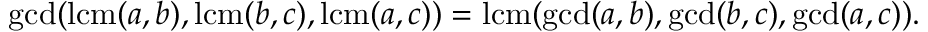
\operatorname* { g c d } ( \operatorname { l c m } ( a , b ) , \operatorname { l c m } ( b , c ) , \operatorname { l c m } ( a , c ) ) = \operatorname { l c m } ( \operatorname* { g c d } ( a , b ) , \operatorname* { g c d } ( b , c ) , \operatorname* { g c d } ( a , c ) ) .